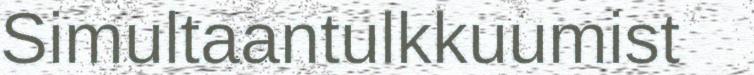
Simultaantulkkuumist